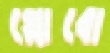
গ্লোবো